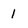
Character: 1